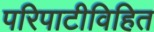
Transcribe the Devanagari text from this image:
परिपाटीविहित